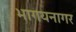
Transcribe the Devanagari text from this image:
भागयनागर